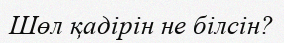
Шөл қадірін не білсін?